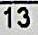
13